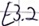
Text: E3.2